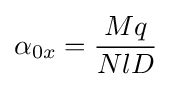
\alpha _{0x}={\frac {Mq}{NlD}}